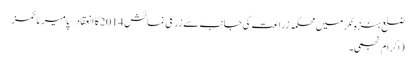
ضلع ہنزہ نگر میں محکمہ زراعت کی جانب سے زرعی نمائش 2014کا انعقاد – پامیر ٹائمز
(اکرام نجمی۔